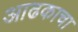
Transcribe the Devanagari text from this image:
आढकाचा